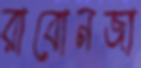
রাবোনজা